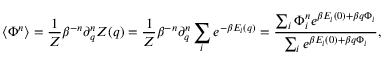
\langle \Phi ^ { n } \rangle = { \frac { 1 } { Z } } \beta ^ { - n } \partial _ { q } ^ { n } Z ( q ) = { \frac { 1 } { Z } } \beta ^ { - n } \partial _ { q } ^ { n } \sum _ { i } e ^ { - \beta E _ { i } ( q ) } = { \frac { \sum _ { i } \Phi _ { i } ^ { n } e ^ { \beta E _ { i } ( 0 ) + \beta q \Phi _ { i } } } { \sum _ { i } e ^ { \beta E _ { i } ( 0 ) + \beta q \Phi _ { i } } } } ,